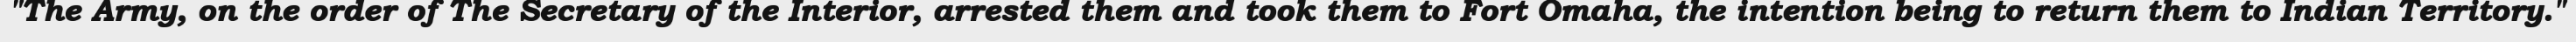
"The Army, on the order of The Secretary of the Interior, arrested them and took them to Fort Omaha, the intention being to return them to Indian Territory."